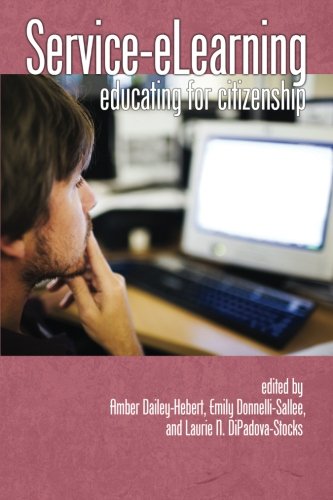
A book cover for Service-eLearning: Educating for Citizenship; Test Preparation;